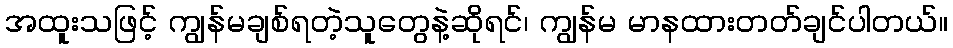
အထူးသဖြင့် ကျွန်မချစ်ရတဲ့သူတွေနဲ့ဆိုရင်၊ ကျွန်မ မာနထားတတ်ချင်ပါတယ်။